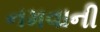
નમવાની